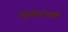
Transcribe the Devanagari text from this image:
नेतृत्वाअभावी